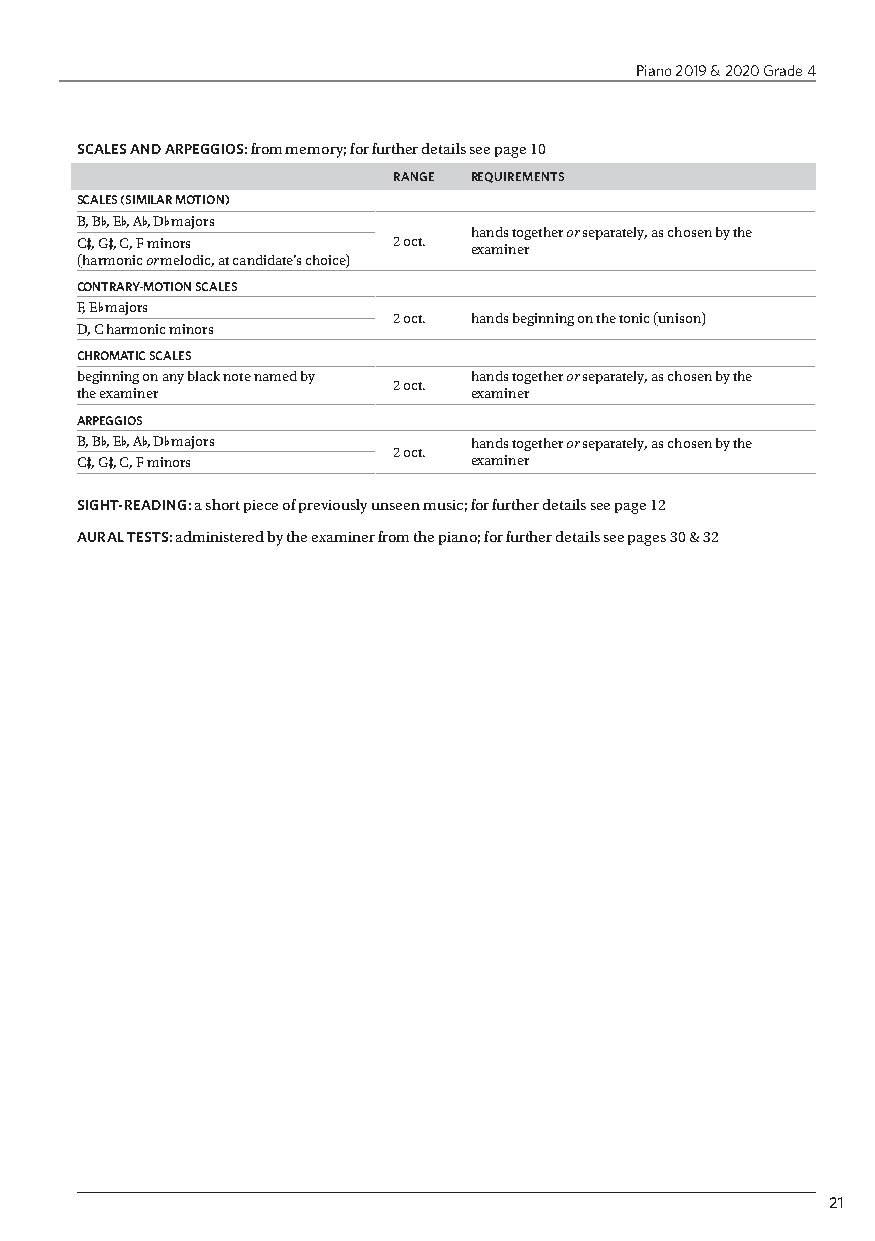
Piano 2019 & 2020 Grade 4
 SCALES AND ARPEGGIOS: from memory; for further details see page 10
 RANGE REQUIREMENTS
 SCALES (SIMILAR MOTION)
 B, B-, E-, A-, D- majors
 hands together or separately, as chosen by the
 C+, G+, C, F minors  2 oct. examiner
 (harmonic or melodic, at candidate’s choice)
 CONTRARY-MOTION SCALES
 F, E- majors
 2 oct. hands beginning on the tonic (unison)
 D, C harmonic minors
 CHROMATIC SCALES
 beginning on any black note named by hands together or separately, as chosen by the
 2 oct.
 the examiner              examiner
 ARPEGGIOS
 B, B-, E-, A-, D- majors  hands together or separately, as chosen by the
 2 oct.
 C+, G+, C, F minors       examiner
 SIGHT-READING: a short piece of previously unseen music; for further details see page 12
 AURAL TESTS: administered by the examiner from the piano; for further details see pages 30 & 32
 21